King Institute of Preventive Medicine Micro-Biological Section reports 1912-19
Year: 1912
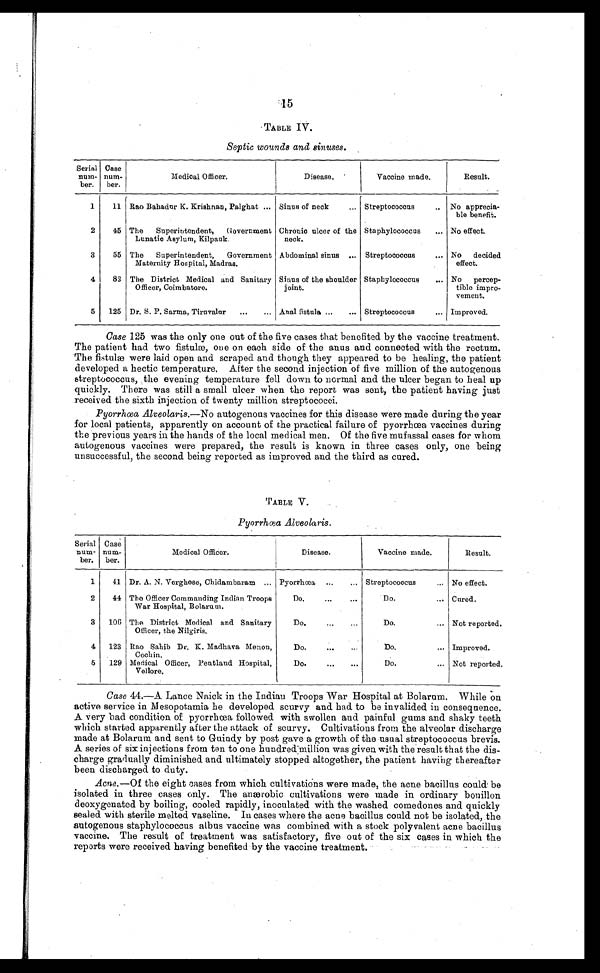
15
TABLE IV.
Septic wounds and sinuses.
Serial
num
-ber.
Case
num
-ber.
Medical Officer.
Disease.
Vaccine made.
Result.
1
11 Rao Bahadur K. Krishnan, Palghat . . . Sinus of neck . . . Streptococcus . . . No apprecia
-ble benefit.
2
45 The
Superintendent,
Government
Lunatic Asylum, Kilpauk.
Chronic ulcer of the
neck.
Staphylococcus . . . No effect.
3
55 The
Superintendent,
Government
Maternity Hospital, Madras.
Abdominal sinus . . . Streptococcus . . . No decided
effect.
4
82 The District Medical and Sanitary
Officer, Coimbatore.
Sinus of the shoulder
joint.
Staphylococcus . . . No percep
-tible impro
-vement.
5
125 Dr. S. P. Sarma, Tiruvalur . . . Anal fistula . . . Streptococcus . . . Improved.
Case 125 was the only one out of the five cases that benefited by the vaccine treatment.
The patient had two fistulæ, one on each side of the anus and connected with the rectum.
The fistulæ were laid open and scraped and though they appeared to be healing, the patient
developed a hectic temperature. After the second injection of five million of the autogenous
streptococcus, the evening temperature fell down to normal and the ulcer began to heal up
quickly. There was still a small ulcer when the report was sent, the patient having just
received the sixth injection of twenty million streptococci.
Pyorrhœa Alveolaris.— No autogenous vaccines for this disease were made during the year
for local patients, apparently on account of the practical failure of pyorrhœa vaccines during
the previous years in the hands of the local medical men. Of the five mufassal cases for whom
autogenous vaccines were prepared, the result is known in three cases only, one being
unsuccessful, the second being reported as improved and the third as cured.
TABLE V.
Pyorrhœa Alveolaris.
Serial
num
-ber.
Case
num
-ber.
Medical Officer.
Disease.
Vaccine made.
Result.
1
41 Dr. A. N. Verghese, Chidambaram . . . Pyorrhœa . . .
Streptococcus . . . No effect.
2
44 The Officer Commanding Indian Troops
War Hospital, Bolarum.
Do. . . .
Do. . . . Cured.
3
106 The District Medical and Sanitary
Officer, the Nilgiris.
D o . . . .
Do. . . . Not reported.
4
123 Rao Sahib Dr. K. Madhava Menon,
Cochin,
D o . . . .
Do. . . . Improved.
5
129 Medical Officer, Pentland Hospital,
Vellore.
Do. . . .
Do.
. . . Not reported.
Case 44.—A Lance Naick in the Indian Troops War Hospital at Bolarum. While on
active service in Mesopotamia he developed scurvy and had to be invalided in consequence.
A very bad condition of pyorrhœa followed with swollen and painful gums and shaky teeth
which started apparently after the attack of scurvy. Cultivations from the alveolar discharge
made at Bolarum and sent to Guindy by post gave a growth of the usual streptococcus brevis.
A series of six injections from ten to one hundred million was given with the result that the di
s - c h a r g e g r a d u a l l y d i m i n i s h e d a n d u l t i m a t e l y s t o p p e d a l t o g e t h e r , t h e p a t i e n t h a v i n g t h e r e a f t e r
been discharged to duty.
Acne. —Of the eight cases from which cultivations were made, the acne bacillus could be
isolated in three cases only. The anærobic cultivations were made in ordinary bonillon
deoxygenated by boiling, cooled rapidly, inoculated with the washed comedones and quickly
sealed with sterile melted vaseline. In cases where the acne bacillus could not be isolated, the
autogenous staphylococcus albus vaccine was combined with a stock polyvalent acne bacillus
vaccine. The result of treatment was satisfactory, five out of the six cases in which the
reports were received having benefited by the vaccine treatment.